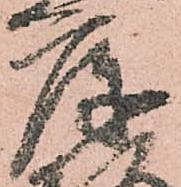
庫